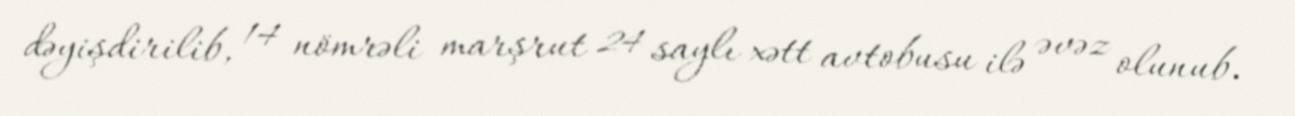
dəyişdirilib, 14 nömrəli marşrut 24 saylı xətt avtobusu ilə əvəz olunub.